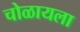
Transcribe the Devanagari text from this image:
चोळायला